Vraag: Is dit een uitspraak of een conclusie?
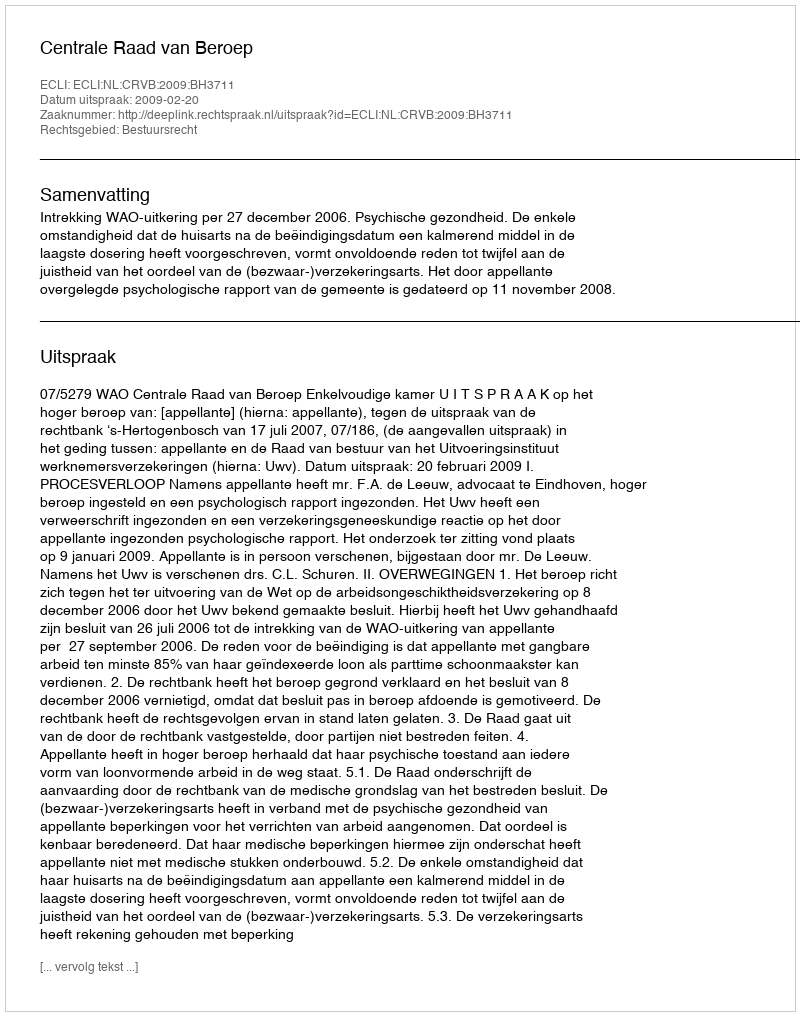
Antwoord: Uitspraak